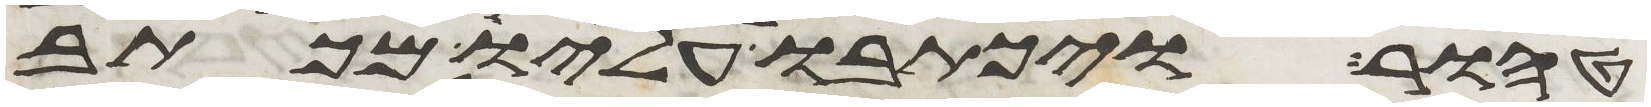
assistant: טהור ויכתבו עליו מכתב